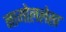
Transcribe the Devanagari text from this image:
नामोललेख